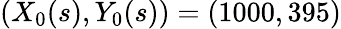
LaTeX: (X_{0}(s),Y_{0}(s))=(1000,395)